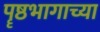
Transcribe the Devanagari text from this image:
पॄष्ठभागाच्या